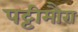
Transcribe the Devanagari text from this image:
पट्टीमौरा